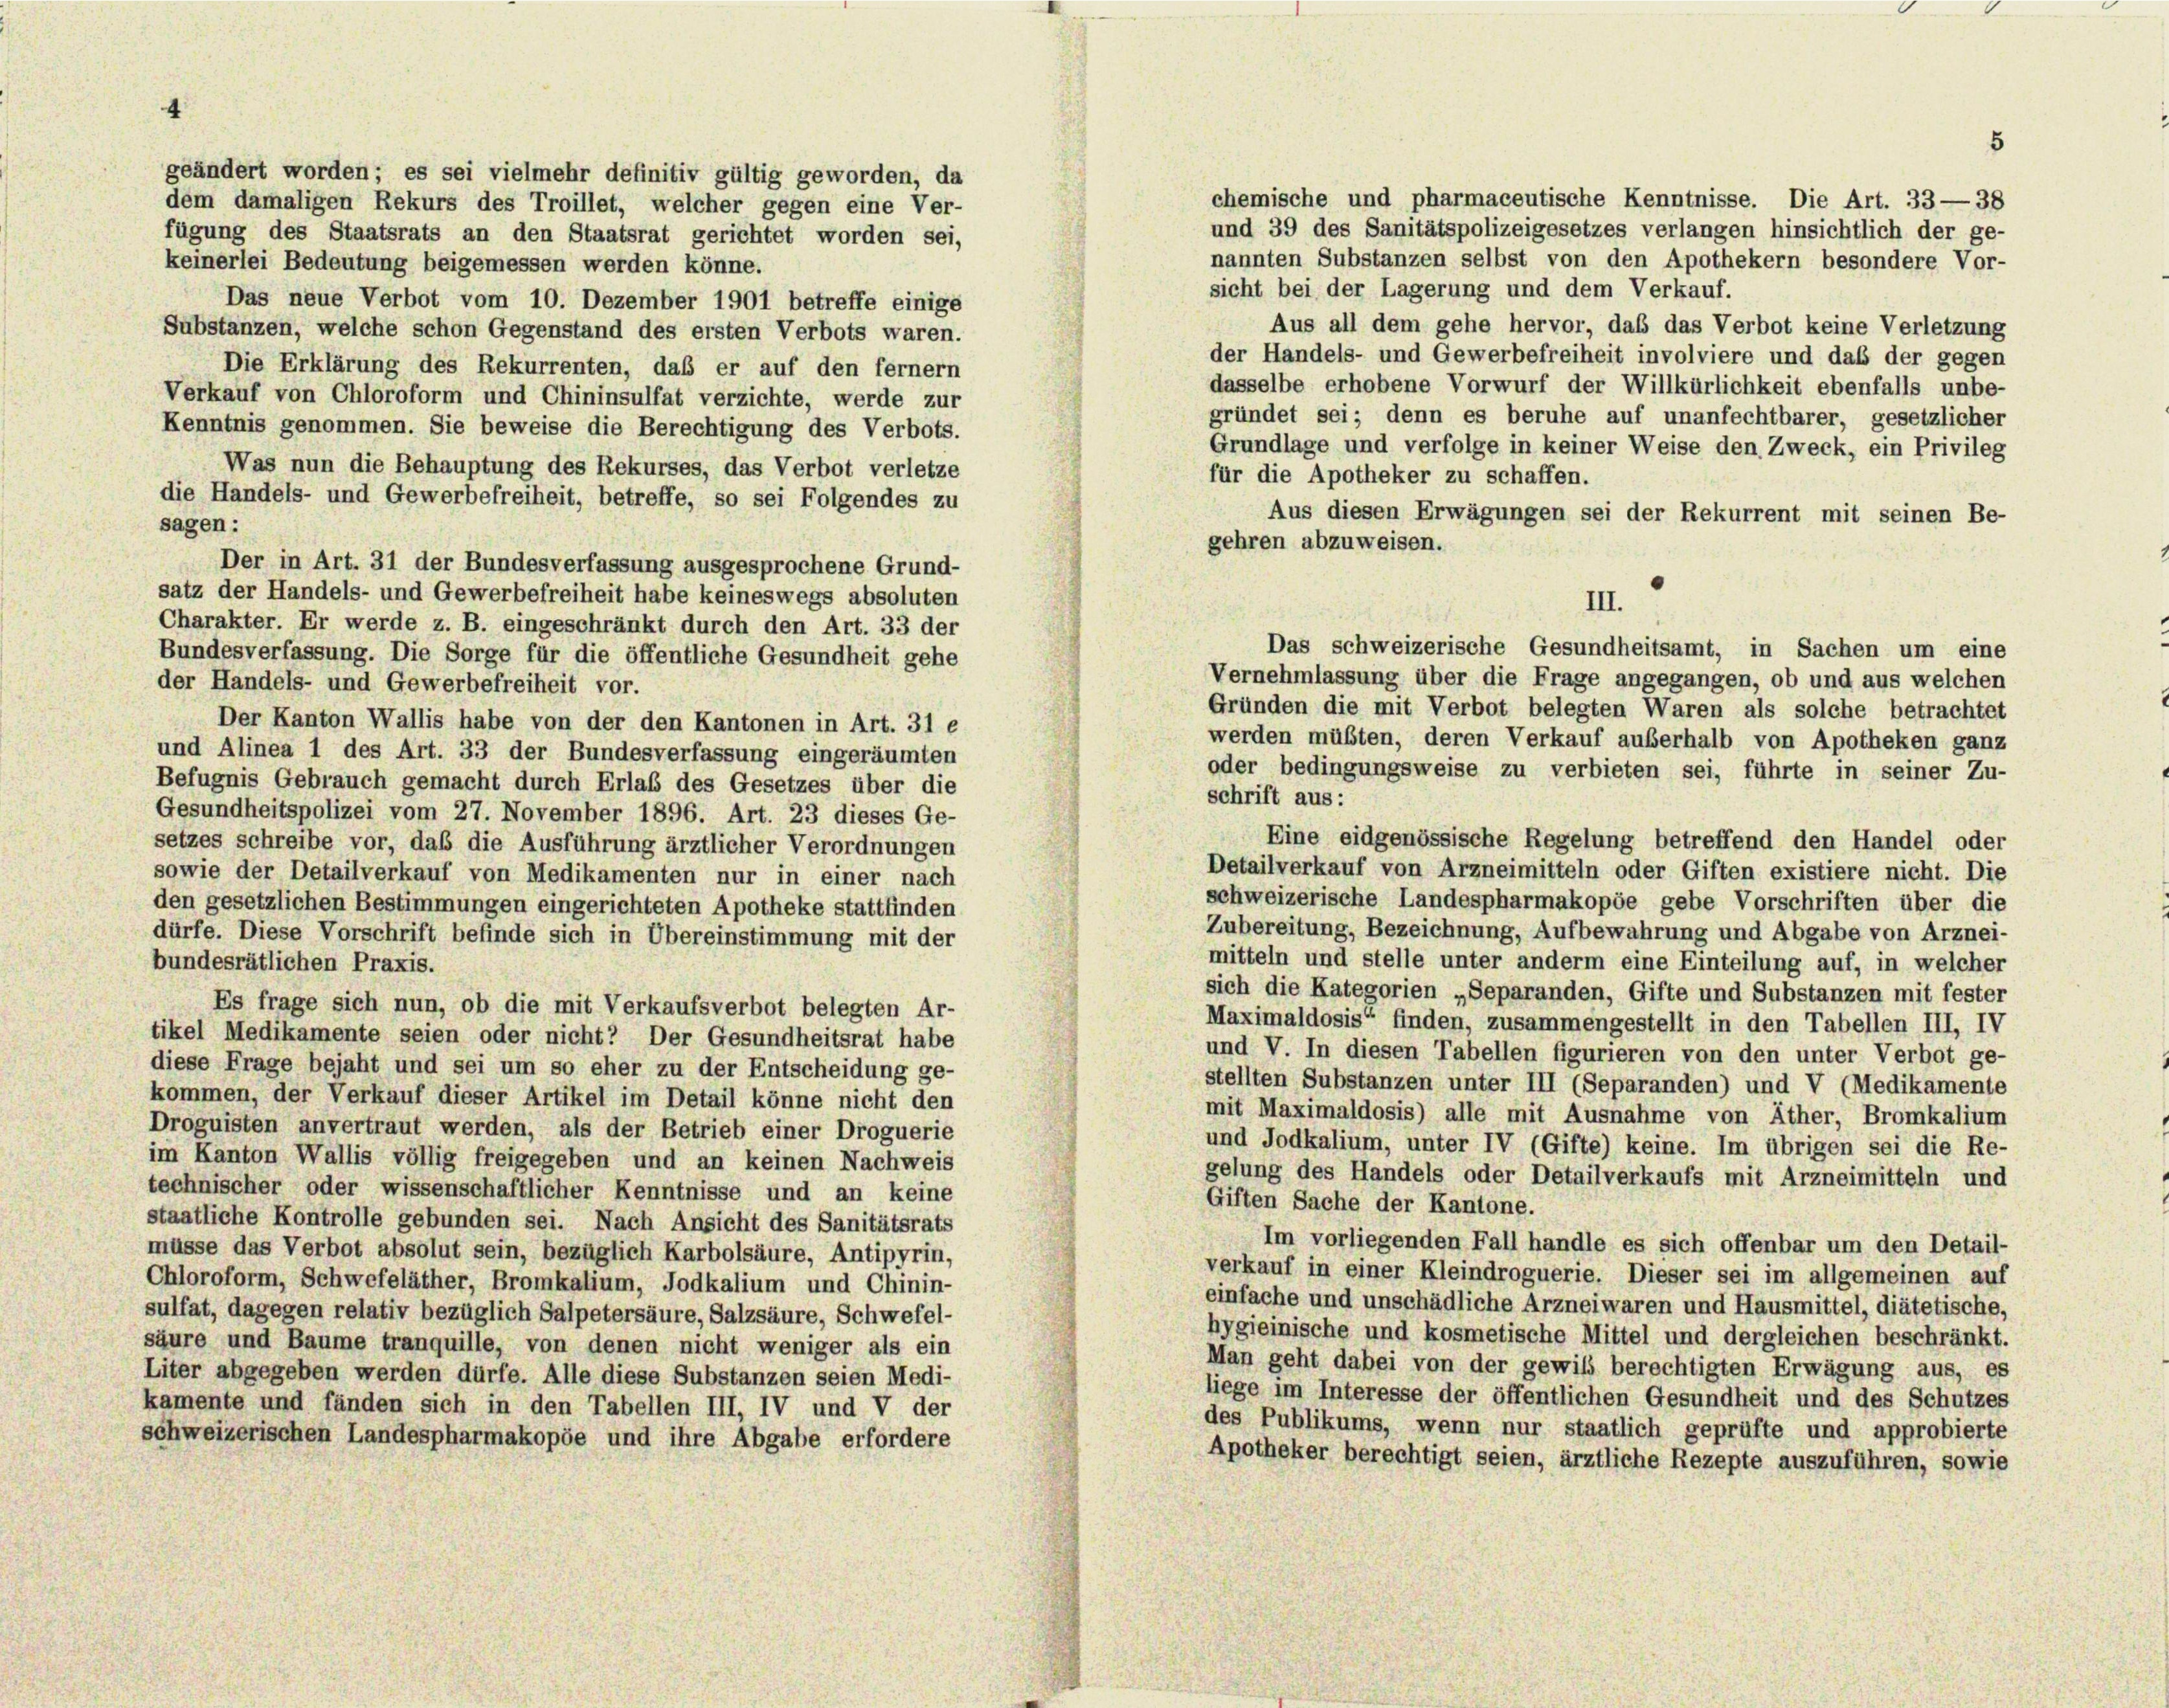
chemische und pharmaceutische Kenntnisse. Die Art. 33—38
und 39 des Sanitätspolizeigesetzes verlangen hinsichtlich der ge-
nannten Substanzen selbst von den Apothekern besondere Vor-
keinerlei Bedeutung beigemessen werden könne.
sicht bei der Lagerung und dem Verkauf.
Das neue Verbot vom 10. Dezember 1901 betreffe einige
Aus all dem gehe hervor, das das Verbot keine Verletzung
Substanzen, welche schon Gegenstand des ersten Verbots waren.
der Handels- und Gewerbefreiheit involviere und daß der gegen
Die Erklärung des Rekurrenten, daß er auf den fernem
dasselbe erhobene Vorwurf der Willkürlichkeit ebenfalls unbe-
Verkauf von Chloroform und Chininsulfat verzichte, werde zur
gründet sei; denn es beruhe auf unanfechtbarer, gesetzlicher
Kenntnis genommen. Sie beweise die Berechtigung des Verbots.
Grundlage und verfolge in keiner Weise den Zweck, ein Privileg
Was nun die Behauptung des Rekurses, das Verbot verletze
für die Apotheker zu schaffen.
die Handels- und Gewerbefreiheit, betreffe, so sei Folgendes zu
Aus diesen Erwägungen sei der Rekurrent mit seinen Be-
sagen:
gehren abzuweisen.
Der in Art. 31 der Bundesverfassung ausgesprochene Grund-
satz der Handels- und Gewerbefreiheit habe keineswegs absoluten
III.
Charakter. Er werde z. B. eingeschränkt durch den Art. 33 der
Das schweizerische Gesundheitsamt, in Sachen um eine
Bundesverfassung. Die Sorge für die öffentliche Gesundheit gehe
Vernehmlassung über die Frage angegangen, ob und aus welchen
der Handels- und Gewerbefreiheit vor.
Gründen die mit Verbot belegten Waren als solche betrachtet
Der Kanton Wallis habe von der den Kantonen in Art. 31 e
werden müßten, deren Verkauf auberhalb von Apotheken ganz
und Alinea 1 des Art. 33 der Bundesverfassung eingeräumten
oder bedingungsweise zu verbieten sei, führte in seiner Zu-
Befugnis Gebrauch gemacht durch Erlaß des Gesetzes über die
schrift aus:
Gesundheitspolizei vom 27. November 1896. Art. 23 dieses Ge-
Eine eidgenössische Regelung betreffend den Handel oder
setzes schreibe vor, daß die Ausführung ärztlicher Verordnungen
Detailverkauf von Arzneimitteln oder Giften existiere nicht. Die
sowie der Detailverkauf von Medikamenten nur in einer nach
schweizerische Landespharmakopöe gebe Vorschriften über die
den gesetzlichen Bestimmungen eingerichteten Apotheke stattfinden
Zubereitung, Bezeichnung, Aufbewahrung und Abgabe von Arznei-
dürfe. Diese Vorschrift befinde sich in Übereinstimmung mit der
mitteln und stelle unter anderm eine Einteilung auf, in welcher
bundesrätlichen Praxis.
sich die Kategorien „Separanden, Gifte und Substanzen mit fester
Es frage sich nun, ob die mit Verkaufsverbot belegten Ar-
Maximaldosis“ finden, zusammengestellt in den Tabellen III, IV
tikel Medikamente seien oder nicht? Der Gesundheitsrat habe
und V. In diesen Tabellen figurieren von den unter Verbot ge-
diese Frage bejaht und sei um so eher zu der Entscheidung ge-
stellten Substanzen unter III (Separanden) und V (Medikamente
kommen, der Verkauf dieser Artikel im Detail könne nicht den
mit Maximaldosis) alle mit Ausnahme von Äther, Bromkalium
Droguisten anvertraut werden, als der Betrieb einer Droguerie
und Jodkalium, unter IV (Gifte) keine. Im übrigen sei die Re-
im Kanton Wallis völlig freigegeben und an keinen Nachweis
gelung des Handels oder Detailverkaufs mit Arzneimitteln und
technischer oder wissenschaftlicher Kenntnisse und an keine
Giften Sache der Kantone.
staatliche Kontrolle gebunden sei. Nach Ansicht des Sanitätsrats
Im vorliegenden Fall handle es sich offenbar um den Detail-
müsse das Verbot absolut sein, bezüglich Karbolsäure, Antipyrin,
verkauf in einer Kleindroguerie. Dieser sei im allgemeinen auf
Chloroform, Schwefeläther, Bromkalium, Jodkalium und Chinin-
einfache und unschädliche Arzneiwaren und Hausmittel, diätetische,
sulfat, dagegen relativ bezüglich Salpetersäure, Salzsäure, Schwefel-
hygieinische und kosmetische Mittel und dergleichen beschränkt.
säure und Baume tranquille, von denen nicht weniger als ein
Man geht dabei von der gewils berechtigten Erwägung aus, es
Liter abgegeben werden dürfe. Alle diese Substanzen seien Medi-
liege im Interesse der öffentlichen Gesundheit und des Schutzes
kamente und fänden sich in den Tabellen III, IV und V der
des Publikums, wenn nur staatlich geprüfte und approbierte
schweizerischen Landespharmakopöe und ihre Abgabe erfordere
Apotheker berechtigt seien, ärztliche Rezepte auszuführen, sowie

geändert worden; es sei vielmehr definitiv gültig geworden, da
dem damaligen Rekurs des Troillet, welcher gegen eine Ver-
fügung des Staatsrats an den Staatsrat gerichtet worden sei,